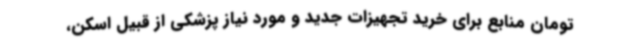
تومان منابع برای خرید تجهیزات جدید و مورد نیاز پزشکی از قبیل اسکن،